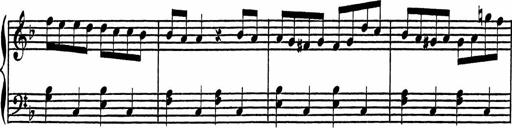
Title: 4 Piano Sonatinas
Composer: Adam Geibel